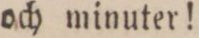
och minuter!